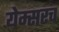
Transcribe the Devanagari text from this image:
येम्सरच